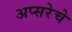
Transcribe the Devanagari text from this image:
अप्सरेचे